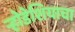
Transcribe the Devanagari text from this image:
र्‍होडेशियाचा